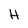
Character: H